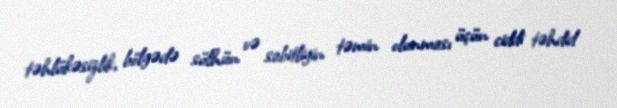
təhlükəsizlik, bölgədə sülhün və sabitliyin təmin olunması üçün ciddi təhdid